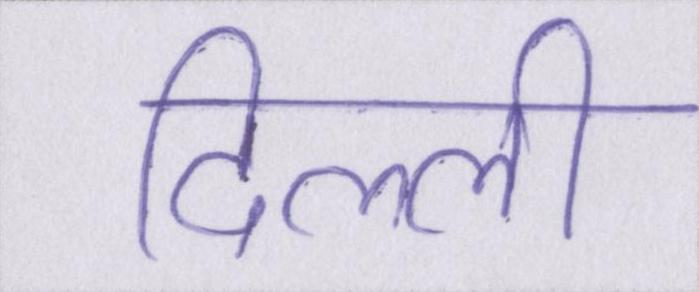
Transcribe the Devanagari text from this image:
दिल्ली